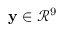
\mathbf { y } \in \mathcal { R } ^ { 9 }